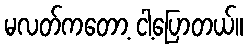
မလတ်ကတော့ ငါ့ပြောတယ်။